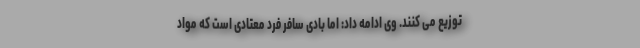
توزیع می کنند. وی ادامه داد: اما بادی سافر فرد معتادی است که مواد